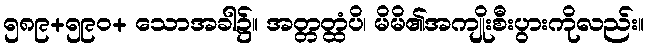
၅၈၉+၅၉၀+ သောအခါ၌။ အတ္တတ္ထံပိ၊ မိမိ၏အကျိုးစီးပွားကိုလည်း။